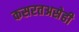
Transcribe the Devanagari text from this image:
कसरतअसेही